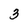
Character: 3